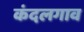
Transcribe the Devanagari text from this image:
कंदलगाव